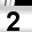
Digit: 2